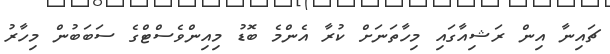
ޗައިނާ އިން ރަޝިއާގައި މިހާތަނަށް ކުރާ އެންމެ ބޮޑު މިއިންވެސްޓްގެ ސަބަބުން މިހާރު